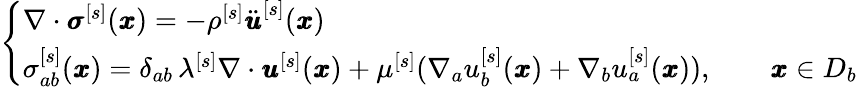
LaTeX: \left\{ \begin{array}{ll}{\nabla\cdot{\pmb\sigma}^{[s]}({\pmb x})=-\rho^{[s]}\ddot{\pmb u}^{[s]}({\pmb x})}\\ {{\sigma}_{ab}^{[s]}({\pmb x})=\delta_{ab}\, \lambda^{[s]}\nabla\cdot{\pmb u}^{[s]}({\pmb x})+\mu^{[s]}(\nabla_{a}u_{b}^{[s]}({\pmb x})+\nabla_{b}u_{a}^{[s]}({\pmb x})),\qquad{\pmb x}\in D_{b}}\end{array}\right.